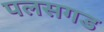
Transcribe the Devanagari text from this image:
पलसगड